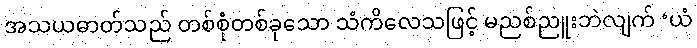
အသယဓာတ်သည် တစ်စုံတစ်ခုသော သံကိလေသဖြင့် မညစ်ညူးဘဲလျက် ‘ယံ